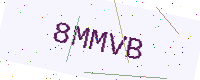
Text: 8MMVB